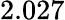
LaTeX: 2.027